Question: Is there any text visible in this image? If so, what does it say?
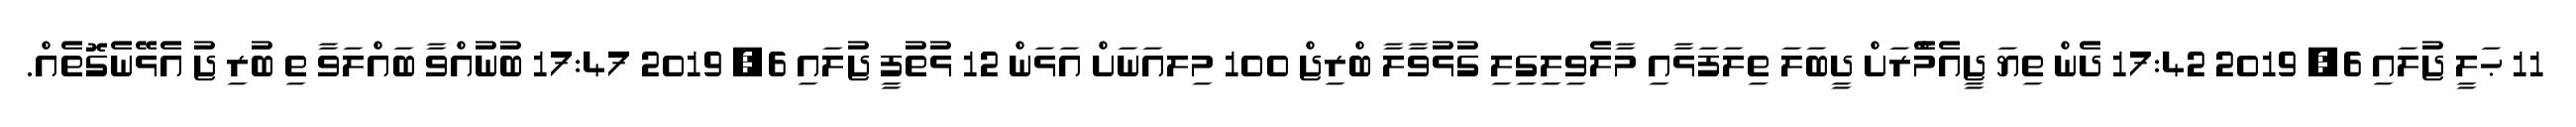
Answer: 11 ޙަލީ ޖުލައި 6, 2019 17:42 ދެން ތިޔަ ޖީއެމްެާރަށް ދީބަލަ ތިލަފަޅާއި މާލެވިލިގިލި ގުޅުވާލާ ބްރިޖް 100 މިލއަނަށް އަޅަން 12 ޅުތުފީ ޖުލައި 6, 2019 17:47 ބުނުއްވާ ބައްލަވާ ތި ބުރި ޖު އެޅޭނެގޮތެއް.